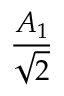
\frac { A _ { 1 } } { \sqrt { 2 } }